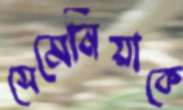
সেমেনিয়াকে